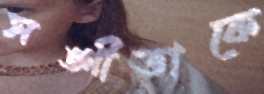
সঙ্গীতাকে